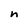
Character: n